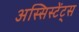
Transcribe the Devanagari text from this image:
अस्सिस्टेंट्स